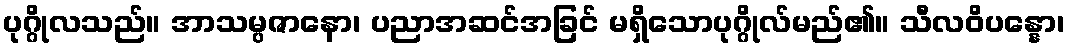
ပုဂ္ဂိုလသည်။ အာသမ္ပဇာနော၊ ပညာအဆင်အခြင် မရှိသောပုဂ္ဂိုလ်မည်၏။ သီလဝိပန္နော၊